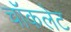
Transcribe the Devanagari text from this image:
चाॅकलेट